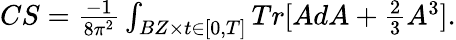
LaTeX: \begin{array}{r}{CS=\frac{-1}{8\pi^{2}}\int_{BZ\times t\in[0,T]}Tr[AdA+\frac{2}{3}A^{3}].}\end{array}